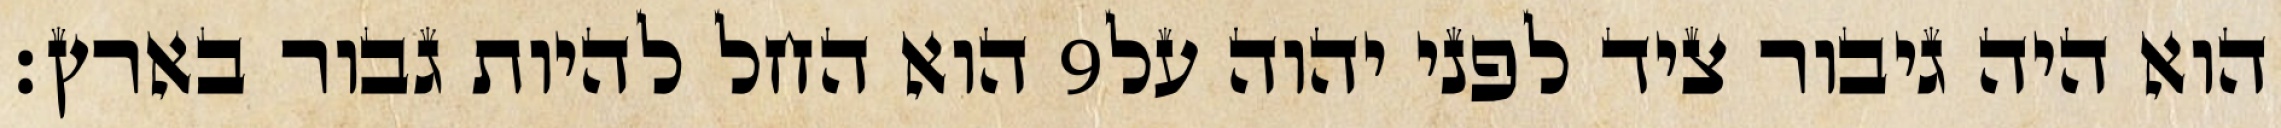
הוא החל להיות גבור בארץ׃ ‎9‏ הוא היה גיבור ציד לפני יהוה על